Annual report on the lock hospitals of the Madras Presidency
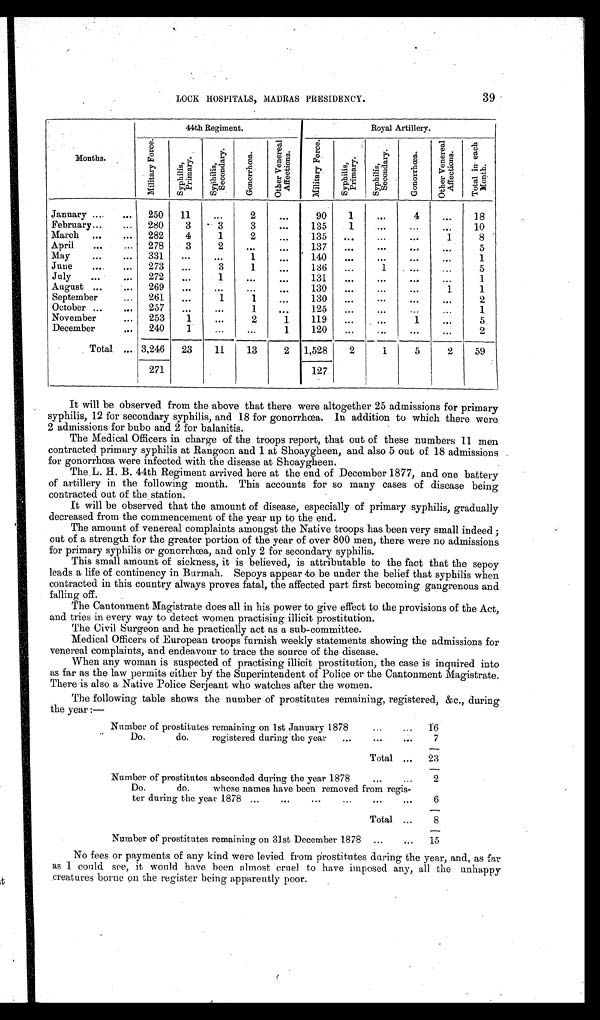
39
LOCK HOSPITALS, MADRAS PRESIDENCY.
Months.
44th Regiment.
Royal Artillery.
M i l i t a r y F o r c e .
S y p h i l i s , P r i m a r y .
S y p h i l i s , S e c o n d a r y .
G o n o r r h œ a .
O t h e r V e n e r e a l A f f e c t i o n s .
M i l i t a r y F o r c e .
S y p h i l i s P r i m a r y .
S y p h i l i s S e c o n d a r y .
G o n o r r h œ a .
O t h e r V e n e r e a l A f f e c t i o n s .
T o t a l i n e a c h M o n t h .
January ...
... 250 11
...
2
. . .
90
1
...
4
...
18
February...
... 280
3
3
3
. . . 135
1
. . .
...
...
10
March ...
... 282
4
1
2
...
135 ...
...
...
1
8
April
...
... 278
3
2
. . .
. . .
137 ...
. . .
...
...
5
May
...
... 331
. . .
...
1
...
140 ...
...
...
...
1
June
... 273 ...
3
1
. . .
136 ...
1
...
...
5
July
...
... 272 ...
1
...
...
131
...
...
...
...
1
August ...
... 269 ...
...
...
...
130
. . .
...
...
1
1
Sept ember . . .
261
. . .
1
1
...
130 ...
. . .
...
...
2
October ...
... 257 ...
...
1
. . .
125 ...
....
...
...
1
November
... 253
1
. . .
2
1
119 ...
...
1
...
5
December
... 240
1
. . .
...
1
120 ...
. . . ...
...
2
Total ... 3,246 23
11
13
2 1,528
2
1
5
2
59
271
127
It will be observed from the above that there were altogether 25 admissions for primary
syphilis, 12 for secondary syphilis, and 18 for gonorrhœa. In addition to which there were
2 admissions for bubo and 2 for balanitis.
The Medical Officers in charge of the troops report, that out of these numbers 11 men
contracted primary syphilis at Rangoon and 1 at Shoaygheen, and also 5 out of 18 admissions
for gonorrhœa were infected with the disease at Shoaygheen.
The . L. H. B. 44th Regiment arrived here at the end of December 1877, and one battery
of artillery in the following month. This accounts for so many cases of disease being
contracted out of the station.
It will be observed that the amount of disease, especially of primary syphilis, gradually
decreased from the commencement of the year up to the end.
The amount of venereal complaints amongst the Native troops has been very small indeed ;
out of a strength for the greater portion of the year of over 800 men, there were no admissions
for primary syphilis or gonorrhœa, and only 2 for secondary syphilis.
This small amount of sickness, it is believed, is attributable to the fact that the sepoy
leads a life of continency in Burmah. Sepoys appear to be under the belief that syphilis when
contracted in this country always proves fatal, the affected part first becoming gangrenous and
falling off.
The Cantonment Magistrate does all in his power to give effect to the provisions of the Act,
and tries in every way to detect women practising illicit prostitution.
The Civil Surgeon and he practically act as a sub-committee.
Medical Officers of European troops furnish weekly statements showing the admissions for
venereal complaints, and endeavour to trace the source of the disease.
When any woman is suspected of practising illicit prostitution, the case is inquired into
as far as the law permits either by the Superintendent of Police or the Cantonment Magistrate.
There is also a Native Police Serjeant who watches after the women.
The following table shows the number of prostitutes remaining, registered, &c., during
the year :—
Number of prostitutes remaining on 1st January 1878
...
... 16
Do. do. registered during the year ...
...
...
7
Total ... . . .
23
Number of prostitutes absconded during the year 1878
...
...
2
Do. do. whose names have been removed from regis
ter during the year 1878 ...
...
...
...
...
...
6
Total ...
8
Number of prostitutes remaining on 31st December 1878 ...
... 15
No fees or payments of any kind were levied from prostitutes during the year, and, as far
as I could see, it would have been almost cruel to have imposed any, all the unhappy
creatures borne on the register being apparently poor.